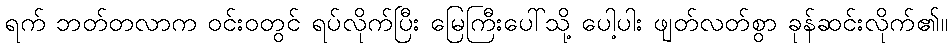
ရက် ဘတ်တလာက ဝင်းဝတွင် ရပ်လိုက်ပြီး မြေကြီးပေါ်သို့ ပေါ့ပါး ဖျတ်လတ်စွာ ခုန်ဆင်းလိုက်၏။